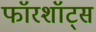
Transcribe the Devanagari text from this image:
फॉरशॉट्स